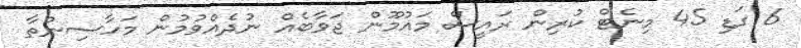
6 ގަޑި 45 މިނެޓް ކުރިން ރައީސް މައުމޫން ޖަވާބެއް ނުދެއްވުމުން މަހާސިންތާ